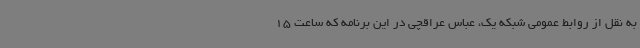
به نقل از روابط عمومی شبکه یک، عباس عراقچی در این برنامه که ساعت 15